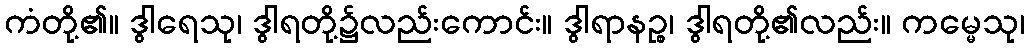
ကံတို့၏။ ဒွါရေသု၊ ဒွါရတို့၌လည်းကောင်း။ ဒွါရာနဉ္စ၊ ဒွါရတို့၏လည်း။ ကမ္မေသု၊